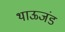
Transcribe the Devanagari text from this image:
थाऊजंड